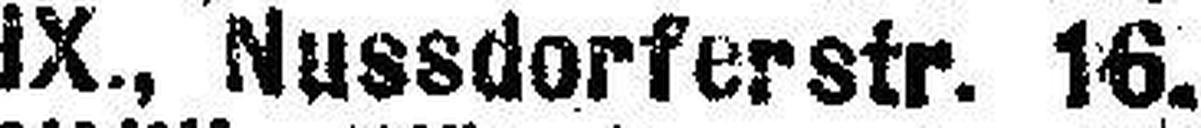
IX., Nussdorferstr. 16.